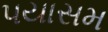
પયાસમ